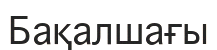
Бақалшағы